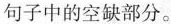
句子中的空缺部分。